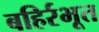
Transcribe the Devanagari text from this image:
बहिर्रभूत